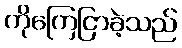
ကိုကြေငြာခဲ့သည်